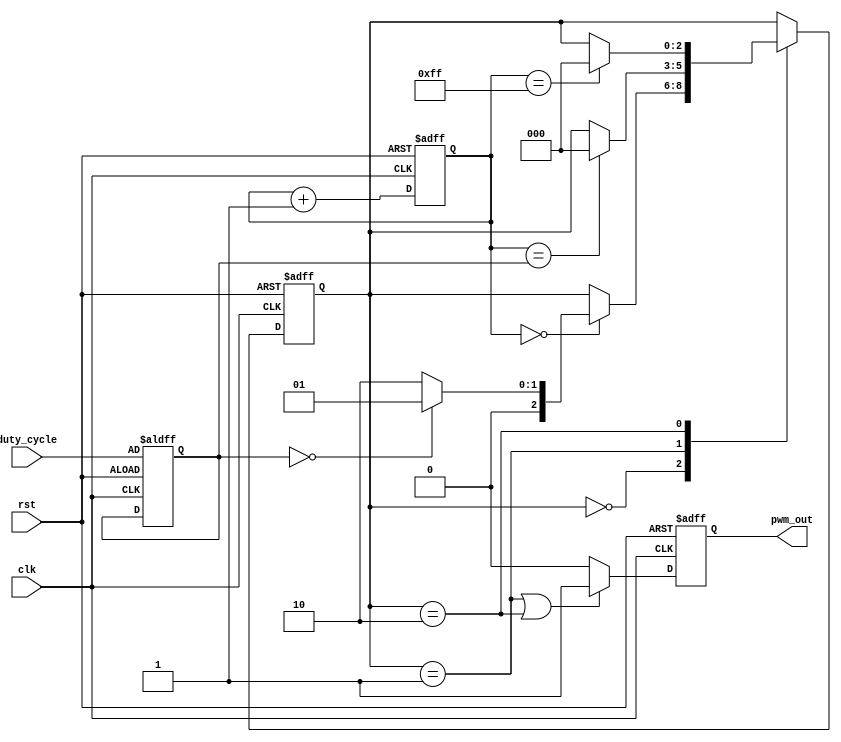
module pwm_timer (
    input wire clk,
    input wire rst,
    input wire [7:0] duty_cycle,
    output reg pwm_out
);

reg [7:0] counter;
reg [7:0] duty_value;
reg [2:0] state;

always @(posedge clk or posedge rst) begin
    if (rst) begin
        counter <= 8'd0;
        duty_value <= duty_cycle;
        state <= 3'd0;
        pwm_out <= 1'b0;
    end else begin
        counter <= counter + 1;
        
        case (state)
            3'd0: begin // PWM low state
                if (counter == 8'd0) begin
                    if (duty_value == 8'd0)
                        state <= 3'd1;
                    else
                        state <= 3'd2;
                end
            end
            3'd1: begin // PWM high state
                if (counter == duty_value) begin
                    state <= 3'd0;
                end
            end
            3'd2: begin // PWM high state
                if (counter == 8'd255) begin
                    state <= 3'd0;
                end
            end
        endcase
        
        if (state == 3'd1 || state == 3'd2) begin
            pwm_out <= 1'b1;
        end else begin
            pwm_out <= 1'b0;
        end
    end
end

endmodule